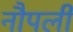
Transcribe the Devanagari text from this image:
नौपली